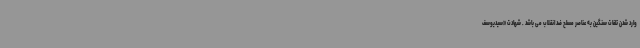
وارد شدن تلفات سنگین به عناصر مسلح ضد انقلاب می باشد . شهادت «سیدیوسف